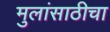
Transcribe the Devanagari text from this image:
मुलांसाठीचा